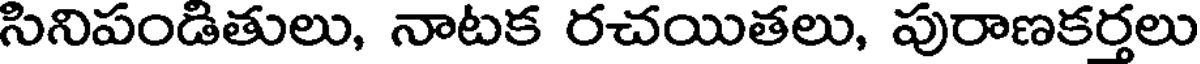
సినిపండితులు, నాటక రచయితలు, పురాణకర్తలు